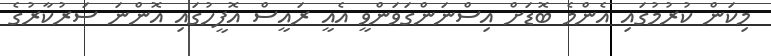
މިކަން ކުރުމުގައި އެންމެ ބޮޑަށް އިސްނަންގަވަންވީ އެއީ ރައީސް އޮފީހުގައި އޮންނަ ސަރުކާރުގެ